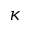
\kappa